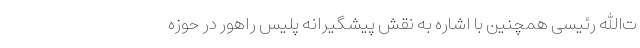
ت‌الله رئیسی همچنین با اشاره به نقش پیشگیرانه پلیس راهور در حوزه